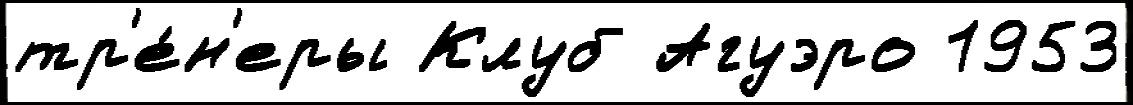
тр'е́н'еры Клуб Агуэро 1953